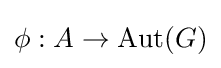
\phi :A\rightarrow \operatorname {Aut} (G)